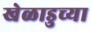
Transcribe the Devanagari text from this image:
खेळाडुच्या